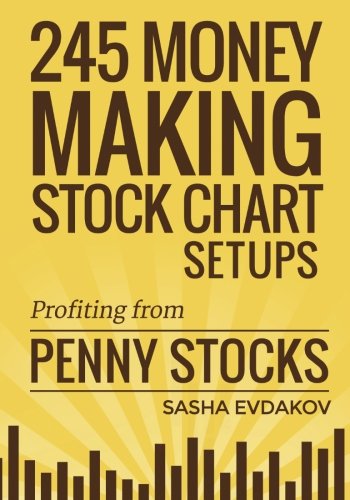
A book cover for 245 Money Making Stock Chart Setups: Profiting from Penny Stocks (Volume 3); Sasha Evdakov; Business & Money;